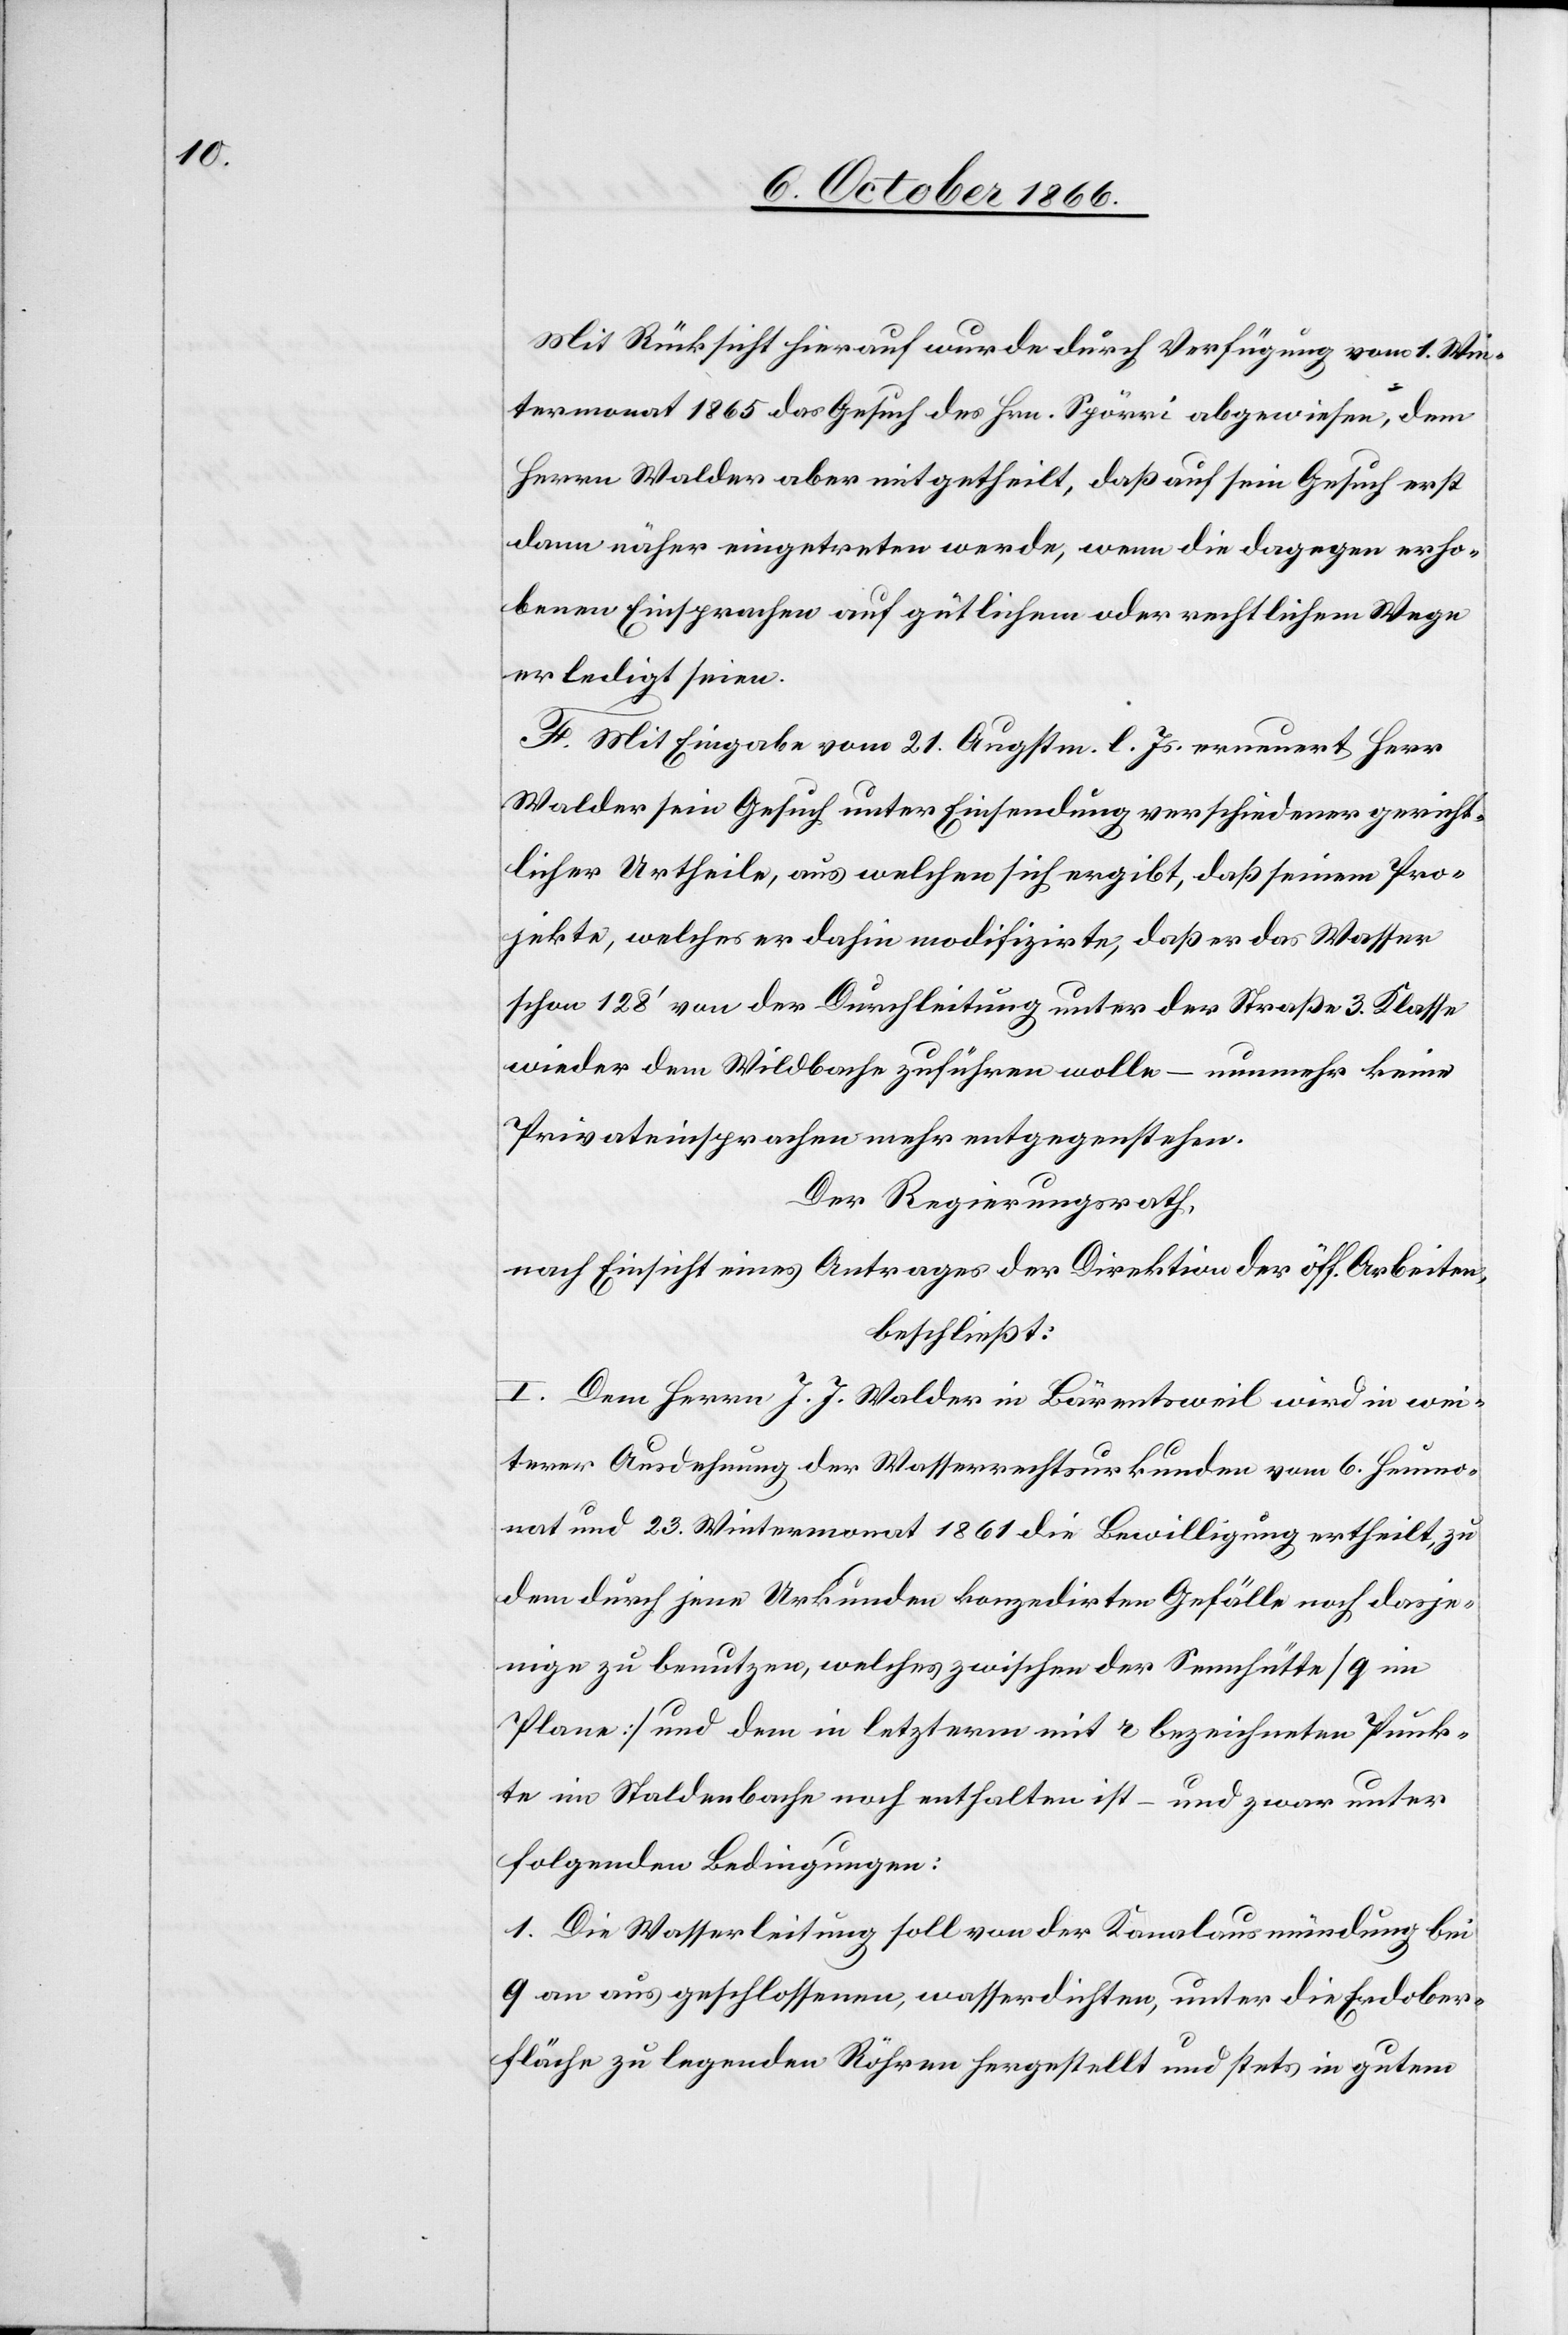
Mit Rücksicht hierauf wurde durch Verfügung vom 1. Win¬
termonat 1865 das Gesuch des Hrn. Spörri abgewiesen, dem
Herrn Walder aber mitgetheilt, daß auf sein Gesuch erst
dann näher eingetreten werde, wenn die dagegen erho¬
benen Einsprachen auf gütlichem oder rechtlichem Wege
erledigt seien.
F. Mit Eingabe vom 21. Augstm. l. Js. erneuert Herr
Walder sein Gesuch unter Einsendung verschiedener gericht¬
licher Urtheile, aus welchen sich ergibt, daß seinem Pro¬
jekte, welches er dahin modifizirte, daß er das Wasser
schon 128‘ von der Durchleitung unter der Straße 3. Klasse
wieder dem Wildbache zuführen wolle – nunmehr keine
Privateinsprachen mehr entgegenstehen.
Der Regierungsrath,
nach Einsicht eines Antrages der Direktion der öff. Arbeiten,
beschließt:
I. Dem Herrn J. J. Walder in Bärentsweil wird in wei¬
terer Ausdehnung der Wasserrechtsurkunden vom 6. Heumo¬
nat und 23. Wintermonat 1861 die Bewilligung ertheilt, zu
dem durch jene Urkunden konzedirten Gefälle noch dasje¬
nige zu benutzen, welches zwischen der Sennhütte [q im
Plane] und dem in letzterm mit r bezeichneten Punk¬
te im Staldenbache noch enthalten ist – und zwar unter
folgenden Bedingungen:
1. Die Wasserleitung soll von der Kanalausmündung bei
q an aus geschlossenen, wasserdichten, unter die Erdober¬
fläche zu legenden Röhren hergestellt und stets in gutem